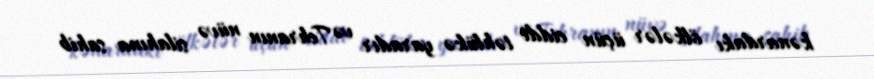
kənardakı ölkələr üçün ciddi təhlükə yaradır və Tehranın nüvə silahına sahib